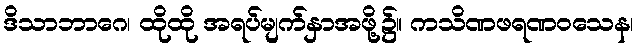
ဒိသာဘာဂေ၊ ထိုထို အရပ်မျက်နှာအဖို့၌။ ကသိဏဖရဏဝသေန၊